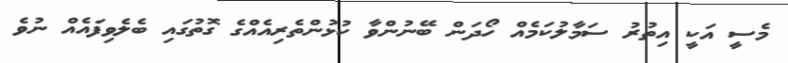
މެސީ އަކީ އިތުރު ސަމާލުކަމެއް ހޯދަން ބޭނުންވާ ކުޅުންތެރިއެއްގެ ގޮތުގައި ބެލެވިފައެއް ނުވެ